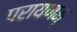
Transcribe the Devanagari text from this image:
परायणम्